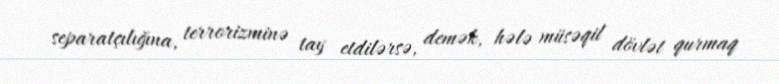
separatçılığına, terrorizminə tay etdilərsə, demək, hələ müsəqil dövlət qurmaq